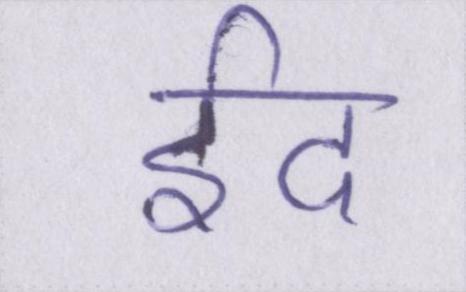
ईद